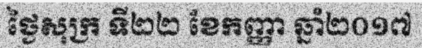
ថ្ងៃសុក្រ ទី២២ ខែកញ្ញា ឆ្នាំ២០១៧